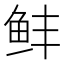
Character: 𬶆